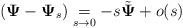
LaTeX: \begin{align*}\left(\mathbf{\Psi}-\mathbf{\Psi}_s\right) \underset{s\to 0}{=}-s \tilde{\mathbf{\Psi}} +o(s)\end{align*}